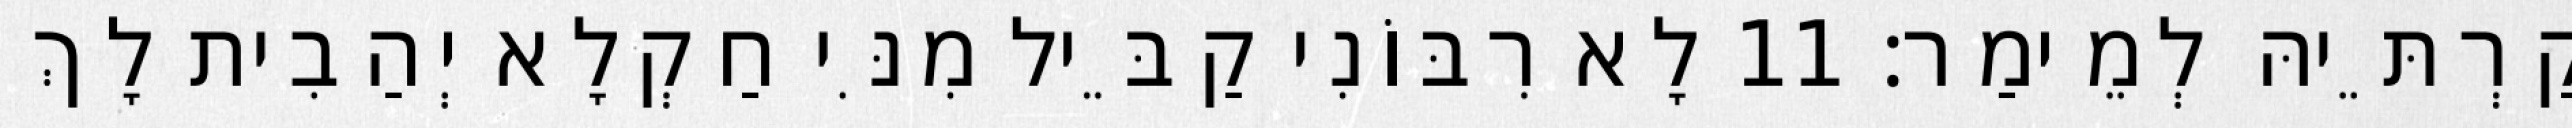
קַרְתֵּיהּ לְמֵימַר׃ 11 לָא רִבּוֹנִי קַבֵּיל מִנִּי חַקְלָא יְהַבִית לָךְ